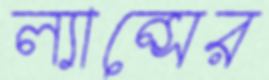
ল্যান্সের